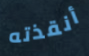
أنقذته